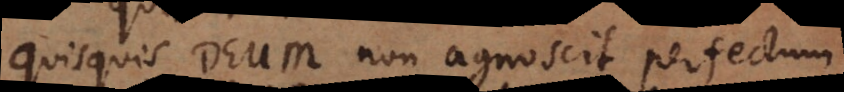
Quisquis Deum non agnoscit perfectum,